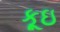
કૂઇ